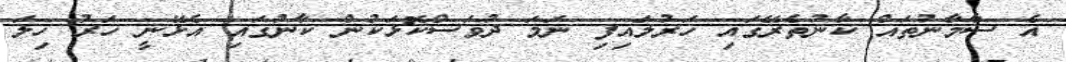
އެ ސާމާނުތައް ކާނުތެރޭގައި ހަރުލައިފި ނަމަ ދުވަސްކޮޅަކުން ކާނުގައި އެޅޭނީ ހަރު ހިލަ